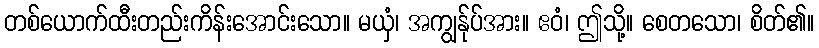
တစ်ယောက်ထီးတည်းကိန်းအောင်းသော။ မယှံ၊ အကျွန်ုပ်အား။ ဧဝံ၊ ဤသို့။ စေတသော၊ စိတ်၏။